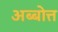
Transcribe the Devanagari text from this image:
अब्बोत्त